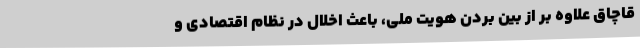
قاچاق علاوه بر از بین بردن هویت ملی، باعث اخلال در نظام اقتصادی و